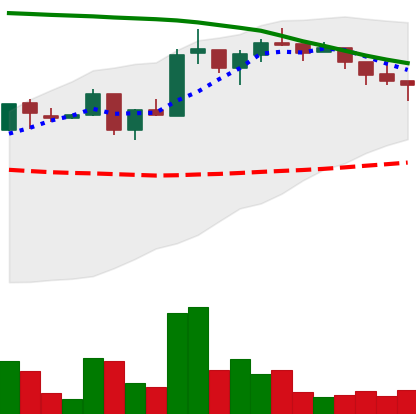
Ticker: ADA-USD
Chart end date: 2018-05-09
Forward return: -15.501%
Label: down_7plus